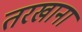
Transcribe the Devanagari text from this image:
तरखाना